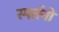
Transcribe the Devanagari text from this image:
स्पर्तनों